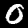
Digit: 0